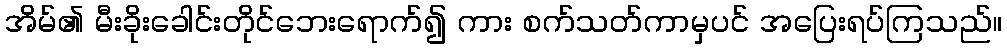
အိမ်၏ မီးခိုးခေါင်းတိုင်ဘေးရောက်၍ ကား စက်သတ်ကာမှပင် အပြေးရပ်ကြသည်။